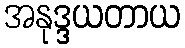
အနုဒ္ဒယတာယ